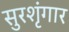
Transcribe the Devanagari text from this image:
सुरशृंगार